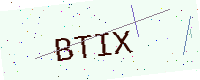
Text: BTIX